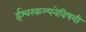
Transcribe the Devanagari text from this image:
ईश्वरकल्पनेविषयी